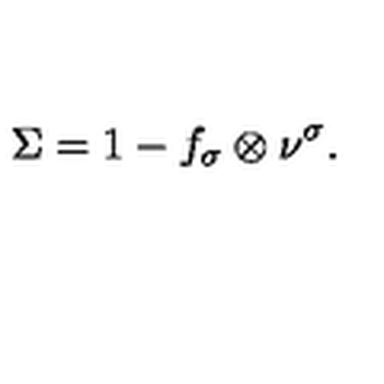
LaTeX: \Sigma = 1 - f _ { \sigma } \otimes \nu ^ { \sigma } .